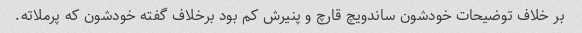
بر خلاف توضیحات خودشون ساندویچ قارچ و پنیرش کم بود برخلاف گفته خودشون که پرملاته.